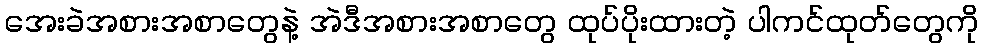
အေးခဲအစားအစာတွေနဲ့ အဲဒီအစားအစာတွေ ထုပ်ပိုးထားတဲ့ ပါကင်ထုတ်တွေကို